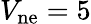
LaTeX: V_{\mathrm{ne}}=5